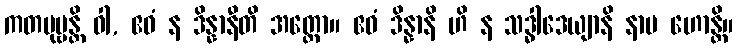
ကတပုဗ္ဗန္တိ ဝါ, ဧဝံ န ဒိန္နာနီတိ အတ္ထော။ ဧဝံ ဒိန္နာနိ ဟိ န သဒ္ဓါဒေယျာနိ နာမ ဟောန္တိ။